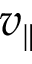
v _ { \parallel }